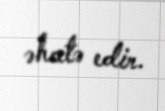
əhatə edir.